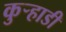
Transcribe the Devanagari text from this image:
कुर्‍हाडी